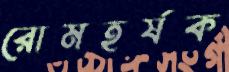
রোমহর্ষক